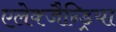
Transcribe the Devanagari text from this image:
एलेक्जैन्ड्रिया